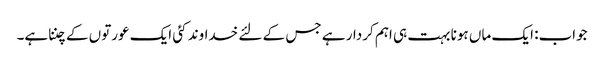
جواب: ایک ماں ہونا بہت ہی اہم کردار ہے جس کے لئے خداوند کئی ایک عورتوں کے چننا ہے۔